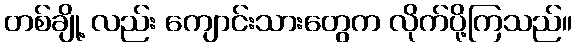
တစ်ချို့ လည်း ကျောင်းသားတွေက လိုက်ပို့ကြသည်။